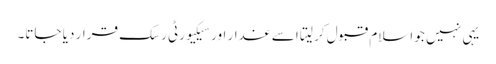
یہی نہیں جو اسلام قبول کر لیتا اسے غدار اور سیکیورٹی رسک قرار دیا جاتا۔